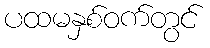
ပထမနှစ်ဝက်တွင်